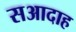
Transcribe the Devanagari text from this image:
सआदाह